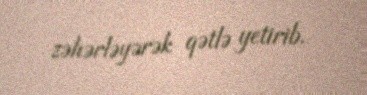
zəhərləyərək qətlə yetirib.